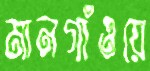
মানগাঁওয়ে